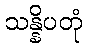
သန္နိပတုံ